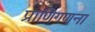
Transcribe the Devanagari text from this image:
प्राणिगणना